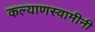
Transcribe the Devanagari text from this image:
कल्याणस्वामीनी